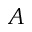
A